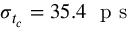
\sigma _ { t _ { c } } = 3 5 . 4 ~ \mathrm { ~ p ~ s ~ }